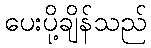
ပေးပို့ချိန်သည်